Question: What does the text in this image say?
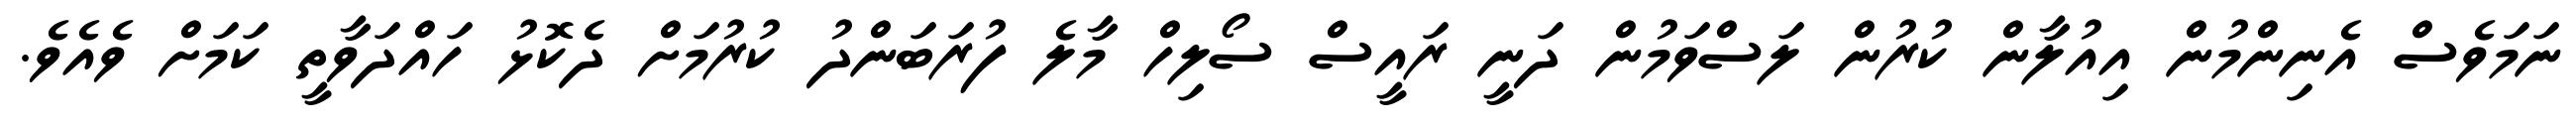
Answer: ނަމަވެސް އެނިންމުން އިއުލާން ކުރުން ލަސްވަމުން ދަނީ ރައީސް ސޯލިހް މާލެ ފުރަބަންދު ކުރުމަށް ދެކޮޅު ހައްދަވާތީ ކަމަށް ވެއެވެ.